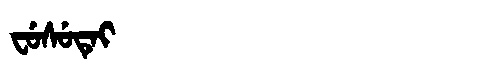
Manchu: ᠸᡠᠰᡠᡨᡝᡳ
Romanization: FUSUTEI